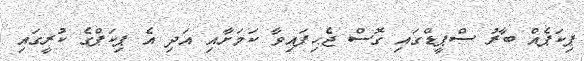
ޕިކަޕެއް ބާރު ސްޕީޑްގައި ގޮސް ޖެހިފައިވާ ކަމަށާއި އަދި އެ ޕިކަޕްގެ ކުރީގައި